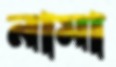
নামা